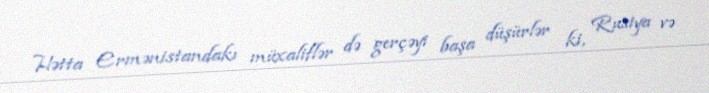
Hətta Ermənistandakı müxaliflər də gerçəyi başa düşürlər ki, Rusiya və